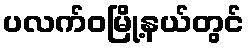
ပလက်ဝမြို့နယ်တွင်